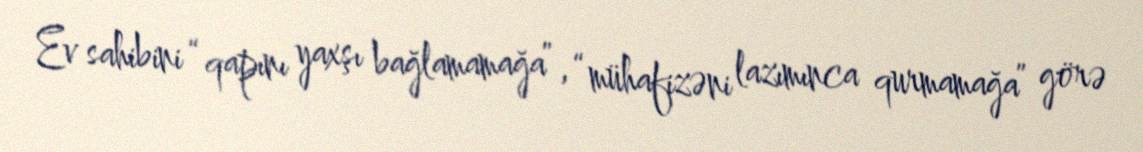
Ev sahibini “qapını yaxşı bağlamamağa”, “mühafizəni lazımınca qurmamağa” görə